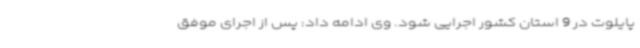
پایلوت در 9 استان کشور اجرایی شود. وی ادامه داد: پس از اجرای موفق